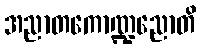
အညာတကောဏ္ဍညောတိ